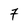
Character: 7